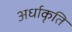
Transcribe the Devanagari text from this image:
अर्धाकृति